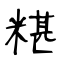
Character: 糂